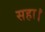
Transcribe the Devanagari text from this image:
सहा।